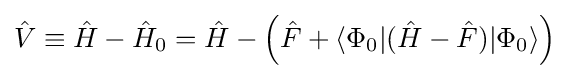
{\hat {V}}\equiv {\hat {H}}-{\hat {H}}_{0}={\hat {H}}-\left({\hat {F}}+\langle \Phi _{0}|({\hat {H}}-{\hat {F}})|\Phi _{0}\rangle \right)